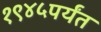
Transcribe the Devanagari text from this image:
१९४५पर्यंत